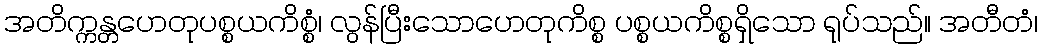
အတိက္ကန္တဟေတုပစ္စယကိစ္စံ၊ လွန်ပြီးသောဟေတုကိစ္စ ပစ္စယကိစ္စရှိသော ရုပ်သည်။ အတီတံ၊